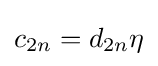
c_{2n}=d_{2n}\eta